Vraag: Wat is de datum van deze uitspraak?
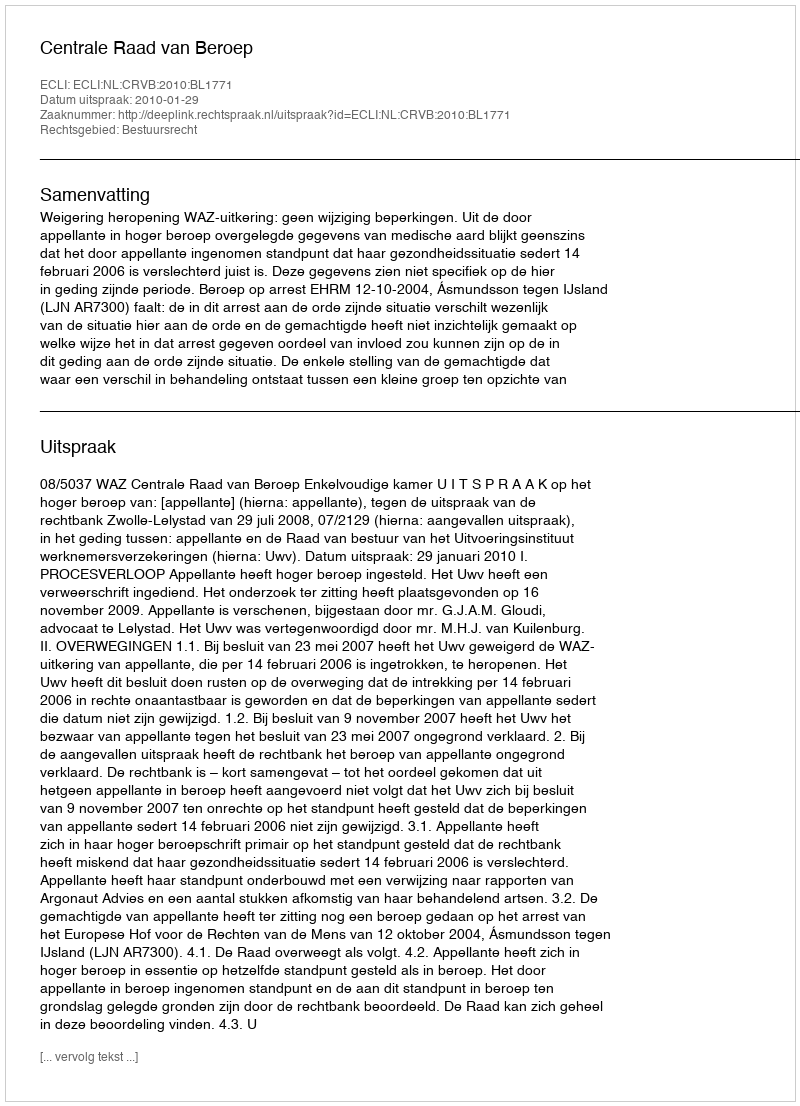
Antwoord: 2010-01-29